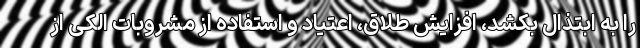
را به ابتذال بکشد، افزایش طلاق، اعتیاد و استفاده از مشروبات الکی از